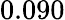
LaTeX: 0.090